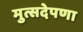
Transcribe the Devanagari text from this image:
मुत्सदेपणा